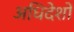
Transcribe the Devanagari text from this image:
अधिदेशों